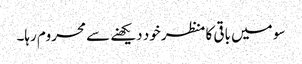
سو میں باقی کا منظر خود دیکھنے سے محروم رہا۔